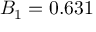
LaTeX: B _ { 1 } = 0 . 6 3 1